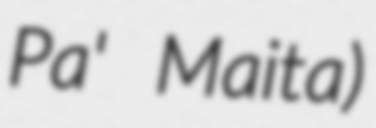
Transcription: Pa' Maita)